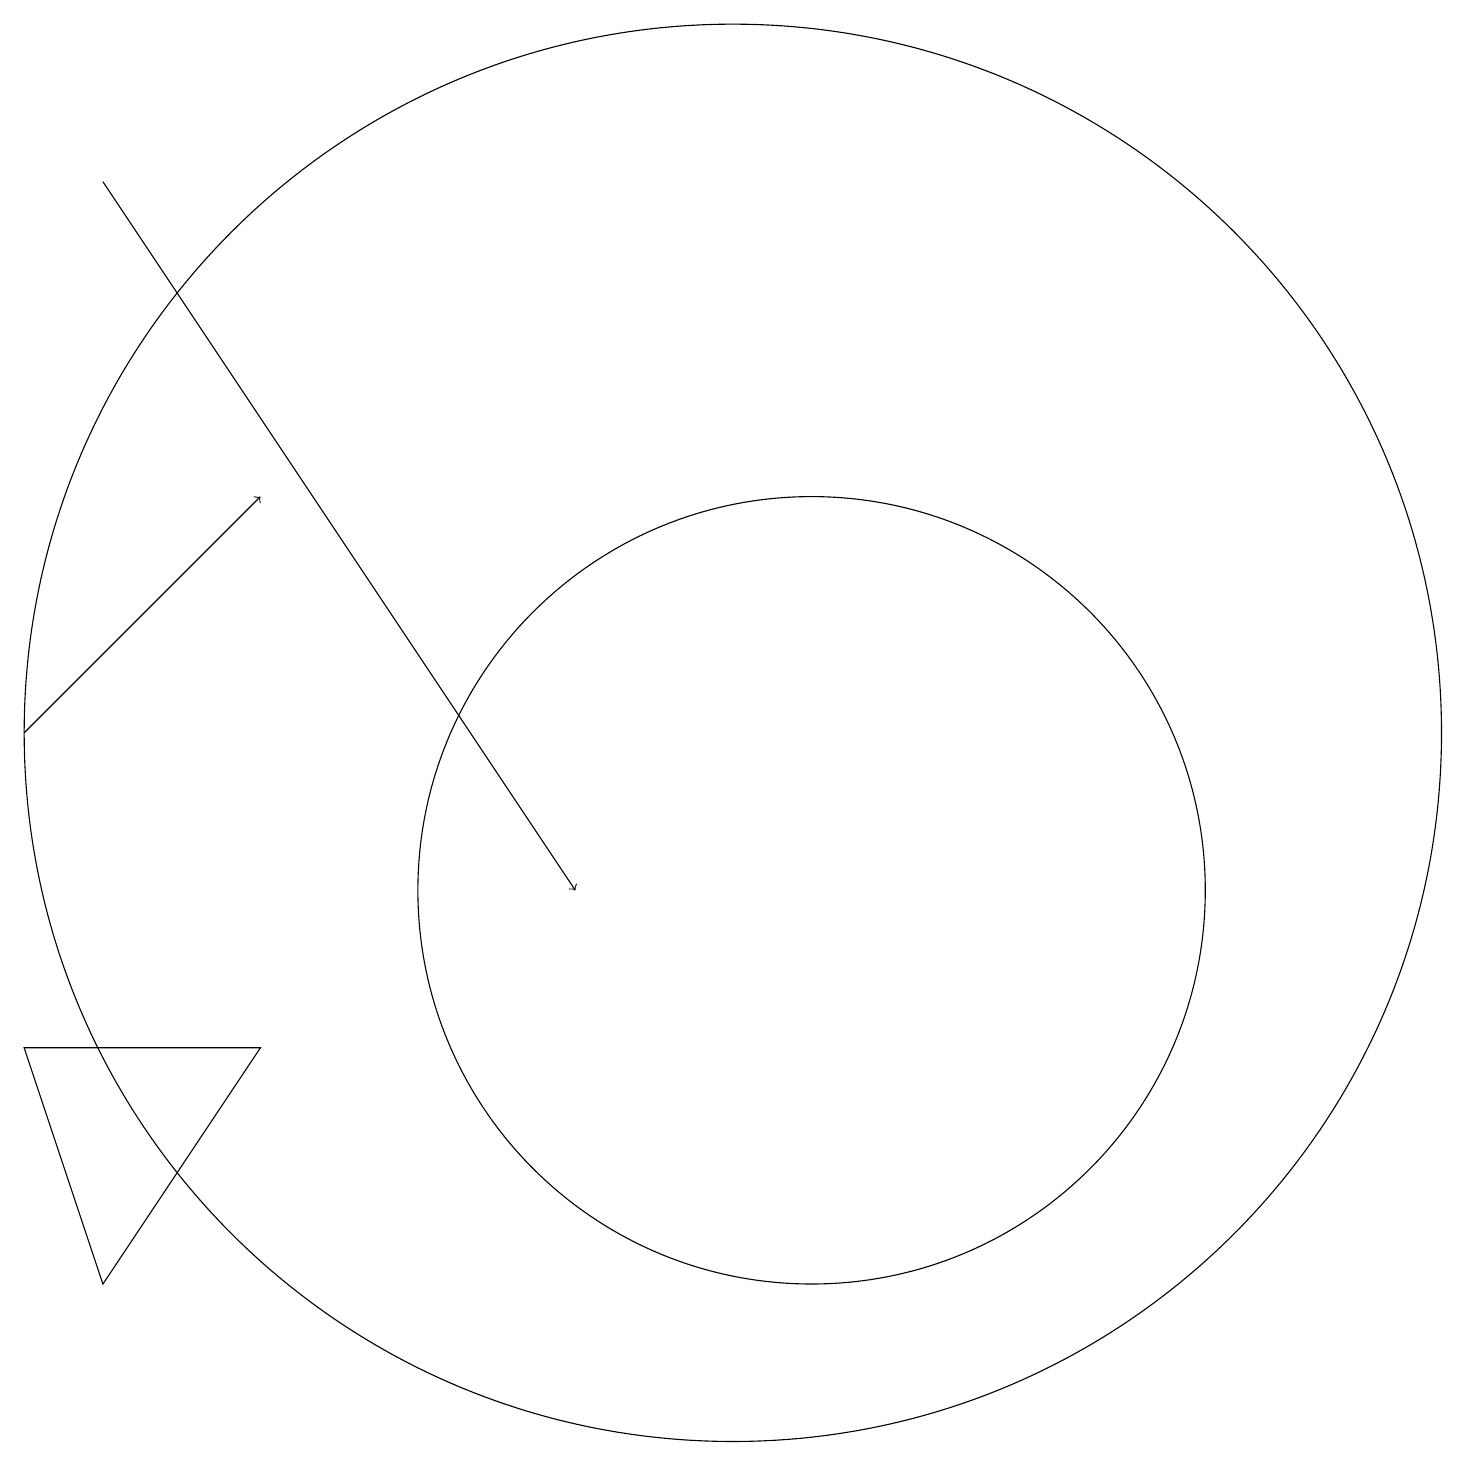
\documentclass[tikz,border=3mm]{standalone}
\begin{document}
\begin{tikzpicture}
\draw (4,8) -- (2,5) -- (1,8) -- cycle;
\draw[->] (1,12) -- (4,15);
\draw (11,10) circle (5);
\draw (10,12) circle (9);
\draw[->] (2,19) -- (8,10);
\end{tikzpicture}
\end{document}